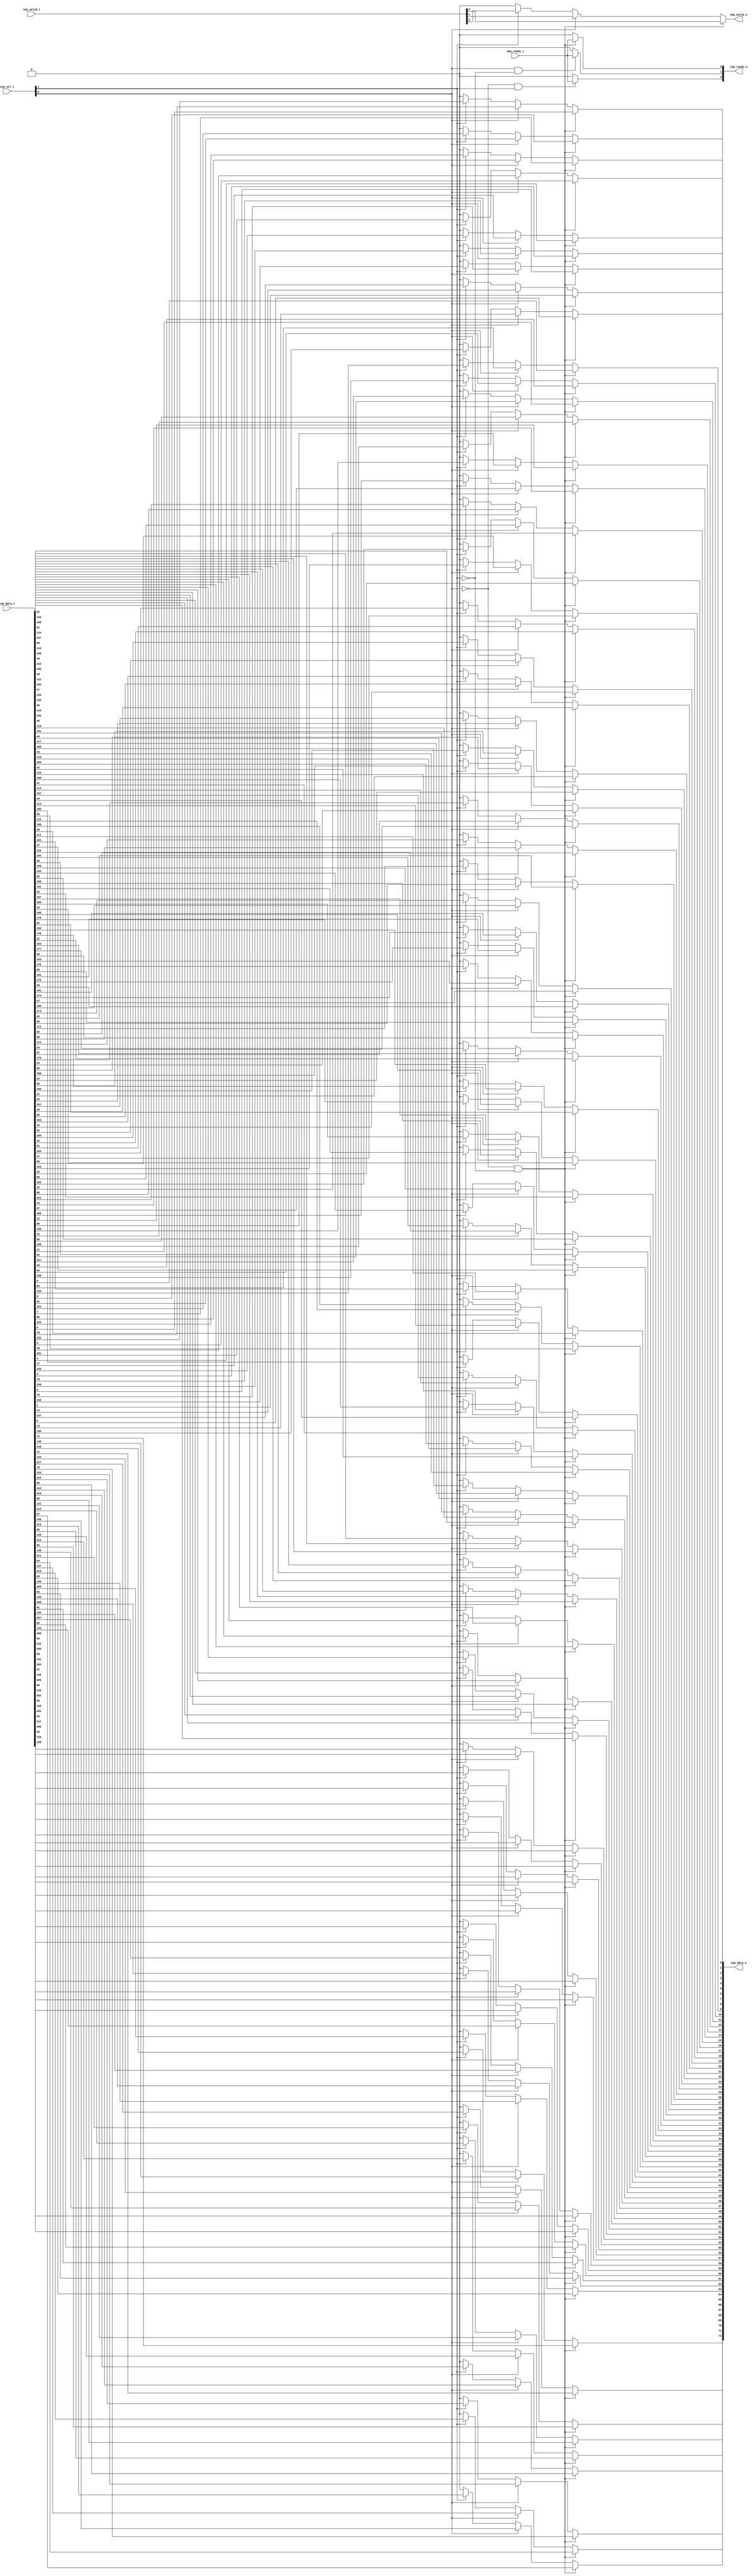
module stream_mux_N_INP3
(
  inp_data_i,
  inp_valid_i,
  inp_ready_o,
  inp_sel_i,
  oup_data_o,
  oup_valid_o,
  oup_ready_i
);

  input [218:0] inp_data_i;
  input [2:0] inp_valid_i;
  output [2:0] inp_ready_o;
  input [1:0] inp_sel_i;
  output [72:0] oup_data_o;
  input oup_ready_i;
  output oup_valid_o;
  wire [2:0] inp_ready_o;
  wire [72:0] oup_data_o;
  wire oup_valid_o,N0,N1,N2,N3,N4,N5,N6,N7,N8,N9,N10,N11,N12,N13,N14;
  assign N10 = N0 & inp_sel_i[1];
  assign N0 = ~inp_sel_i[0];
  assign N9 = inp_sel_i[0] & N1;
  assign N1 = ~inp_sel_i[1];
  assign N14 = N2 & N3;
  assign N2 = ~inp_sel_i[0];
  assign N3 = ~inp_sel_i[1];
  assign inp_ready_o[0] = (N4)? oup_ready_i : 
                          (N11)? 1'b0 : 1'b0;
  assign N4 = N14;
  assign inp_ready_o[1] = (N5)? oup_ready_i : 
                          (N12)? 1'b0 : 1'b0;
  assign N5 = N9;
  assign inp_ready_o[2] = (N6)? oup_ready_i : 
                          (N13)? 1'b0 : 1'b0;
  assign N6 = N10;
  assign oup_data_o[72] = (N4)? inp_data_i[72] : 
                          (N7)? inp_data_i[145] : 
                          (N8)? inp_data_i[218] : 1'b0;
  assign N7 = inp_sel_i[0];
  assign N8 = inp_sel_i[1];
  assign oup_data_o[71] = (N4)? inp_data_i[71] : 
                          (N7)? inp_data_i[144] : 
                          (N8)? inp_data_i[217] : 1'b0;
  assign oup_data_o[70] = (N4)? inp_data_i[70] : 
                          (N7)? inp_data_i[143] : 
                          (N8)? inp_data_i[216] : 1'b0;
  assign oup_data_o[69] = (N4)? inp_data_i[69] : 
                          (N7)? inp_data_i[142] : 
                          (N8)? inp_data_i[215] : 1'b0;
  assign oup_data_o[68] = (N4)? inp_data_i[68] : 
                          (N7)? inp_data_i[141] : 
                          (N8)? inp_data_i[214] : 1'b0;
  assign oup_data_o[67] = (N4)? inp_data_i[67] : 
                          (N7)? inp_data_i[140] : 
                          (N8)? inp_data_i[213] : 1'b0;
  assign oup_data_o[66] = (N4)? inp_data_i[66] : 
                          (N7)? inp_data_i[139] : 
                          (N8)? inp_data_i[212] : 1'b0;
  assign oup_data_o[65] = (N4)? inp_data_i[65] : 
                          (N7)? inp_data_i[138] : 
                          (N8)? inp_data_i[211] : 1'b0;
  assign oup_data_o[64] = (N4)? inp_data_i[64] : 
                          (N7)? inp_data_i[137] : 
                          (N8)? inp_data_i[210] : 1'b0;
  assign oup_data_o[63] = (N4)? inp_data_i[63] : 
                          (N7)? inp_data_i[136] : 
                          (N8)? inp_data_i[209] : 1'b0;
  assign oup_data_o[62] = (N4)? inp_data_i[62] : 
                          (N7)? inp_data_i[135] : 
                          (N8)? inp_data_i[208] : 1'b0;
  assign oup_data_o[61] = (N4)? inp_data_i[61] : 
                          (N7)? inp_data_i[134] : 
                          (N8)? inp_data_i[207] : 1'b0;
  assign oup_data_o[60] = (N4)? inp_data_i[60] : 
                          (N7)? inp_data_i[133] : 
                          (N8)? inp_data_i[206] : 1'b0;
  assign oup_data_o[59] = (N4)? inp_data_i[59] : 
                          (N7)? inp_data_i[132] : 
                          (N8)? inp_data_i[205] : 1'b0;
  assign oup_data_o[58] = (N4)? inp_data_i[58] : 
                          (N7)? inp_data_i[131] : 
                          (N8)? inp_data_i[204] : 1'b0;
  assign oup_data_o[57] = (N4)? inp_data_i[57] : 
                          (N7)? inp_data_i[130] : 
                          (N8)? inp_data_i[203] : 1'b0;
  assign oup_data_o[56] = (N4)? inp_data_i[56] : 
                          (N7)? inp_data_i[129] : 
                          (N8)? inp_data_i[202] : 1'b0;
  assign oup_data_o[55] = (N4)? inp_data_i[55] : 
                          (N7)? inp_data_i[128] : 
                          (N8)? inp_data_i[201] : 1'b0;
  assign oup_data_o[54] = (N4)? inp_data_i[54] : 
                          (N7)? inp_data_i[127] : 
                          (N8)? inp_data_i[200] : 1'b0;
  assign oup_data_o[53] = (N4)? inp_data_i[53] : 
                          (N7)? inp_data_i[126] : 
                          (N8)? inp_data_i[199] : 1'b0;
  assign oup_data_o[52] = (N4)? inp_data_i[52] : 
                          (N7)? inp_data_i[125] : 
                          (N8)? inp_data_i[198] : 1'b0;
  assign oup_data_o[51] = (N4)? inp_data_i[51] : 
                          (N7)? inp_data_i[124] : 
                          (N8)? inp_data_i[197] : 1'b0;
  assign oup_data_o[50] = (N4)? inp_data_i[50] : 
                          (N7)? inp_data_i[123] : 
                          (N8)? inp_data_i[196] : 1'b0;
  assign oup_data_o[49] = (N4)? inp_data_i[49] : 
                          (N7)? inp_data_i[122] : 
                          (N8)? inp_data_i[195] : 1'b0;
  assign oup_data_o[48] = (N4)? inp_data_i[48] : 
                          (N7)? inp_data_i[121] : 
                          (N8)? inp_data_i[194] : 1'b0;
  assign oup_data_o[47] = (N4)? inp_data_i[47] : 
                          (N7)? inp_data_i[120] : 
                          (N8)? inp_data_i[193] : 1'b0;
  assign oup_data_o[46] = (N4)? inp_data_i[46] : 
                          (N7)? inp_data_i[119] : 
                          (N8)? inp_data_i[192] : 1'b0;
  assign oup_data_o[45] = (N4)? inp_data_i[45] : 
                          (N7)? inp_data_i[118] : 
                          (N8)? inp_data_i[191] : 1'b0;
  assign oup_data_o[44] = (N4)? inp_data_i[44] : 
                          (N7)? inp_data_i[117] : 
                          (N8)? inp_data_i[190] : 1'b0;
  assign oup_data_o[43] = (N4)? inp_data_i[43] : 
                          (N7)? inp_data_i[116] : 
                          (N8)? inp_data_i[189] : 1'b0;
  assign oup_data_o[42] = (N4)? inp_data_i[42] : 
                          (N7)? inp_data_i[115] : 
                          (N8)? inp_data_i[188] : 1'b0;
  assign oup_data_o[41] = (N4)? inp_data_i[41] : 
                          (N7)? inp_data_i[114] : 
                          (N8)? inp_data_i[187] : 1'b0;
  assign oup_data_o[40] = (N4)? inp_data_i[40] : 
                          (N7)? inp_data_i[113] : 
                          (N8)? inp_data_i[186] : 1'b0;
  assign oup_data_o[39] = (N4)? inp_data_i[39] : 
                          (N7)? inp_data_i[112] : 
                          (N8)? inp_data_i[185] : 1'b0;
  assign oup_data_o[38] = (N4)? inp_data_i[38] : 
                          (N7)? inp_data_i[111] : 
                          (N8)? inp_data_i[184] : 1'b0;
  assign oup_data_o[37] = (N4)? inp_data_i[37] : 
                          (N7)? inp_data_i[110] : 
                          (N8)? inp_data_i[183] : 1'b0;
  assign oup_data_o[36] = (N4)? inp_data_i[36] : 
                          (N7)? inp_data_i[109] : 
                          (N8)? inp_data_i[182] : 1'b0;
  assign oup_data_o[35] = (N4)? inp_data_i[35] : 
                          (N7)? inp_data_i[108] : 
                          (N8)? inp_data_i[181] : 1'b0;
  assign oup_data_o[34] = (N4)? inp_data_i[34] : 
                          (N7)? inp_data_i[107] : 
                          (N8)? inp_data_i[180] : 1'b0;
  assign oup_data_o[33] = (N4)? inp_data_i[33] : 
                          (N7)? inp_data_i[106] : 
                          (N8)? inp_data_i[179] : 1'b0;
  assign oup_data_o[32] = (N4)? inp_data_i[32] : 
                          (N7)? inp_data_i[105] : 
                          (N8)? inp_data_i[178] : 1'b0;
  assign oup_data_o[31] = (N4)? inp_data_i[31] : 
                          (N7)? inp_data_i[104] : 
                          (N8)? inp_data_i[177] : 1'b0;
  assign oup_data_o[30] = (N4)? inp_data_i[30] : 
                          (N7)? inp_data_i[103] : 
                          (N8)? inp_data_i[176] : 1'b0;
  assign oup_data_o[29] = (N4)? inp_data_i[29] : 
                          (N7)? inp_data_i[102] : 
                          (N8)? inp_data_i[175] : 1'b0;
  assign oup_data_o[28] = (N4)? inp_data_i[28] : 
                          (N7)? inp_data_i[101] : 
                          (N8)? inp_data_i[174] : 1'b0;
  assign oup_data_o[27] = (N4)? inp_data_i[27] : 
                          (N7)? inp_data_i[100] : 
                          (N8)? inp_data_i[173] : 1'b0;
  assign oup_data_o[26] = (N4)? inp_data_i[26] : 
                          (N7)? inp_data_i[99] : 
                          (N8)? inp_data_i[172] : 1'b0;
  assign oup_data_o[25] = (N4)? inp_data_i[25] : 
                          (N7)? inp_data_i[98] : 
                          (N8)? inp_data_i[171] : 1'b0;
  assign oup_data_o[24] = (N4)? inp_data_i[24] : 
                          (N7)? inp_data_i[97] : 
                          (N8)? inp_data_i[170] : 1'b0;
  assign oup_data_o[23] = (N4)? inp_data_i[23] : 
                          (N7)? inp_data_i[96] : 
                          (N8)? inp_data_i[169] : 1'b0;
  assign oup_data_o[22] = (N4)? inp_data_i[22] : 
                          (N7)? inp_data_i[95] : 
                          (N8)? inp_data_i[168] : 1'b0;
  assign oup_data_o[21] = (N4)? inp_data_i[21] : 
                          (N7)? inp_data_i[94] : 
                          (N8)? inp_data_i[167] : 1'b0;
  assign oup_data_o[20] = (N4)? inp_data_i[20] : 
                          (N7)? inp_data_i[93] : 
                          (N8)? inp_data_i[166] : 1'b0;
  assign oup_data_o[19] = (N4)? inp_data_i[19] : 
                          (N7)? inp_data_i[92] : 
                          (N8)? inp_data_i[165] : 1'b0;
  assign oup_data_o[18] = (N4)? inp_data_i[18] : 
                          (N7)? inp_data_i[91] : 
                          (N8)? inp_data_i[164] : 1'b0;
  assign oup_data_o[17] = (N4)? inp_data_i[17] : 
                          (N7)? inp_data_i[90] : 
                          (N8)? inp_data_i[163] : 1'b0;
  assign oup_data_o[16] = (N4)? inp_data_i[16] : 
                          (N7)? inp_data_i[89] : 
                          (N8)? inp_data_i[162] : 1'b0;
  assign oup_data_o[15] = (N4)? inp_data_i[15] : 
                          (N7)? inp_data_i[88] : 
                          (N8)? inp_data_i[161] : 1'b0;
  assign oup_data_o[14] = (N4)? inp_data_i[14] : 
                          (N7)? inp_data_i[87] : 
                          (N8)? inp_data_i[160] : 1'b0;
  assign oup_data_o[13] = (N4)? inp_data_i[13] : 
                          (N7)? inp_data_i[86] : 
                          (N8)? inp_data_i[159] : 1'b0;
  assign oup_data_o[12] = (N4)? inp_data_i[12] : 
                          (N7)? inp_data_i[85] : 
                          (N8)? inp_data_i[158] : 1'b0;
  assign oup_data_o[11] = (N4)? inp_data_i[11] : 
                          (N7)? inp_data_i[84] : 
                          (N8)? inp_data_i[157] : 1'b0;
  assign oup_data_o[10] = (N4)? inp_data_i[10] : 
                          (N7)? inp_data_i[83] : 
                          (N8)? inp_data_i[156] : 1'b0;
  assign oup_data_o[9] = (N4)? inp_data_i[9] : 
                         (N7)? inp_data_i[82] : 
                         (N8)? inp_data_i[155] : 1'b0;
  assign oup_data_o[8] = (N4)? inp_data_i[8] : 
                         (N7)? inp_data_i[81] : 
                         (N8)? inp_data_i[154] : 1'b0;
  assign oup_data_o[7] = (N4)? inp_data_i[7] : 
                         (N7)? inp_data_i[80] : 
                         (N8)? inp_data_i[153] : 1'b0;
  assign oup_data_o[6] = (N4)? inp_data_i[6] : 
                         (N7)? inp_data_i[79] : 
                         (N8)? inp_data_i[152] : 1'b0;
  assign oup_data_o[5] = (N4)? inp_data_i[5] : 
                         (N7)? inp_data_i[78] : 
                         (N8)? inp_data_i[151] : 1'b0;
  assign oup_data_o[4] = (N4)? inp_data_i[4] : 
                         (N7)? inp_data_i[77] : 
                         (N8)? inp_data_i[150] : 1'b0;
  assign oup_data_o[3] = (N4)? inp_data_i[3] : 
                         (N7)? inp_data_i[76] : 
                         (N8)? inp_data_i[149] : 1'b0;
  assign oup_data_o[2] = (N4)? inp_data_i[2] : 
                         (N7)? inp_data_i[75] : 
                         (N8)? inp_data_i[148] : 1'b0;
  assign oup_data_o[1] = (N4)? inp_data_i[1] : 
                         (N7)? inp_data_i[74] : 
                         (N8)? inp_data_i[147] : 1'b0;
  assign oup_data_o[0] = (N4)? inp_data_i[0] : 
                         (N7)? inp_data_i[73] : 
                         (N8)? inp_data_i[146] : 1'b0;
  assign oup_valid_o = (N4)? inp_valid_i[0] : 
                       (N7)? inp_valid_i[1] : 
                       (N8)? inp_valid_i[2] : 1'b0;
  assign N11 = ~N14;
  assign N12 = ~N9;
  assign N13 = ~N10;

endmodule